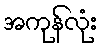
အကုန်လုံး